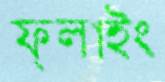
ফ্লাইং